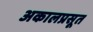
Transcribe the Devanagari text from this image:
अकालप्रसूत